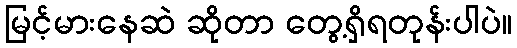
မြင့်မားနေဆဲ ဆိုတာ တွေ့ရှိရတုန်းပါပဲ။